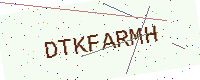
Text: DTKFARMH